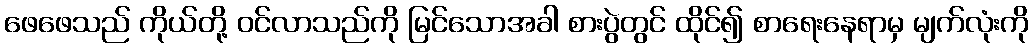
ဖေဖေသည် ကိုယ်တို့ ဝင်လာသည်ကို မြင်သောအခါ စားပွဲတွင် ထိုင်၍ စာရေးနေရာမှ မျက်လုံးကို